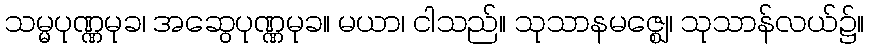
သမ္မပုဏ္ဏမုခ၊ အဆွေပုဏ္ဏမုခ။ မယာ၊ ငါသည်။ သုသာနမဇ္ဈေ၊ သုသာန်လယ်၌။